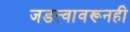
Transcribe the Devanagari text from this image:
जडत्वावरूनही